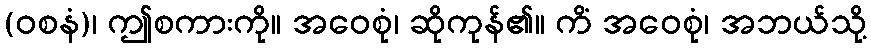
(ဝစနံ)၊ ဤစကားကို။ အဝေစုံ၊ ဆိုကုန်၏။ ကိံ အဝေစုံ၊ အဘယ်သို့